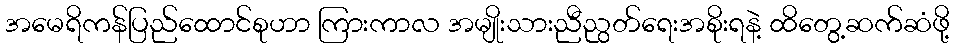
အမေရိကန်ပြည်ထောင်စုဟာ ကြားကာလ အမျိုးသားညီညွတ်ရေးအစိုးရနဲ့ ထိတွေ့ဆက်ဆံဖို့